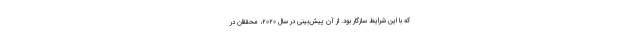
که با این شرایط سازگار بود. از آن پیش‌بینی در سال ۲۰۲۰، محققان در